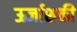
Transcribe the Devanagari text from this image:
ऊर्जाशक्ती